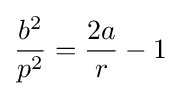
{\frac {b^{2}}{p^{2}}}={\frac {2a}{r}}-1